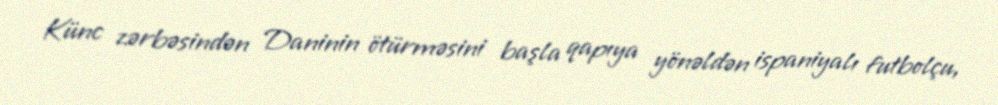
Künc zərbəsindən Daninin ötürməsini başla qapıya yönəldən ispaniyalı futbolçu,